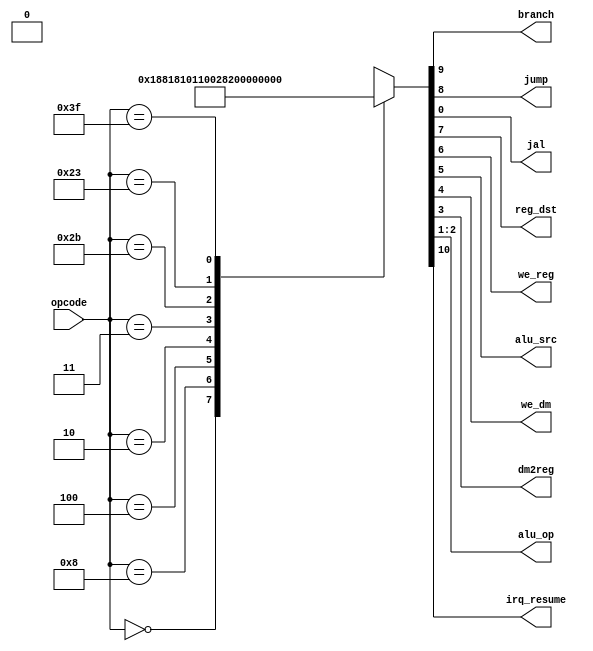
module maindec (
        input  wire [5:0] opcode,
        output wire       branch,
        output wire       jump,
        output wire       jal,
        output wire       reg_dst,
        output wire       we_reg,
        output wire       alu_src,
        output wire       we_dm,
        output wire       dm2reg,
        output wire [1:0] alu_op,
        output wire       irq_resume
    );

    reg [10:0] ctrl;

    assign {irq_resume, branch, jump, reg_dst, we_reg, alu_src, we_dm, dm2reg, alu_op, jal} = ctrl;

    always @ (opcode) begin
        case (opcode)
            6'b00_0000: ctrl = 11'b0_0_0_1_1_0_0_0_10_0; // R-type
            6'b00_1000: ctrl = 11'b0_0_0_0_1_1_0_0_00_0; // ADDI
            6'b00_0100: ctrl = 11'b0_1_0_0_0_0_0_0_01_0; // BEQ
            6'b00_0010: ctrl = 11'b0_0_1_0_0_0_0_0_00_0; // J
            6'b00_0011: ctrl = 11'b0_0_1_0_1_0_0_0_00_1; // JAL
            6'b10_1011: ctrl = 11'b0_0_0_0_0_1_1_0_00_0; // SW
            6'b10_0011: ctrl = 11'b0_0_0_0_1_1_0_1_00_0; // LW
            6'b11_1111: ctrl = 11'b1_0_0_0_0_0_0_0_00_0; // RES
            default:    ctrl = 10'bx_x_x_x_x_x_x_xx_x;
        endcase
    end

endmodule